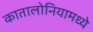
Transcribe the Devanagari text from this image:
कातालोनियामध्ये